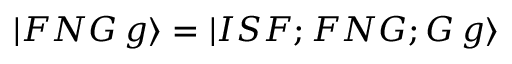
\begin{array} { r } { | F N G \, g \rangle = | I S F ; F N G ; G \, g \rangle } \end{array}